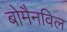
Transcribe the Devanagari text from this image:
बोमैनविल